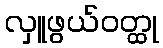
လှူဖွယ်ဝတ္ထု